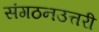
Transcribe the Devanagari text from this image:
संगठनउत्तरी